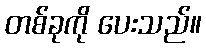
တစ်ခုကို ပေးသည်။